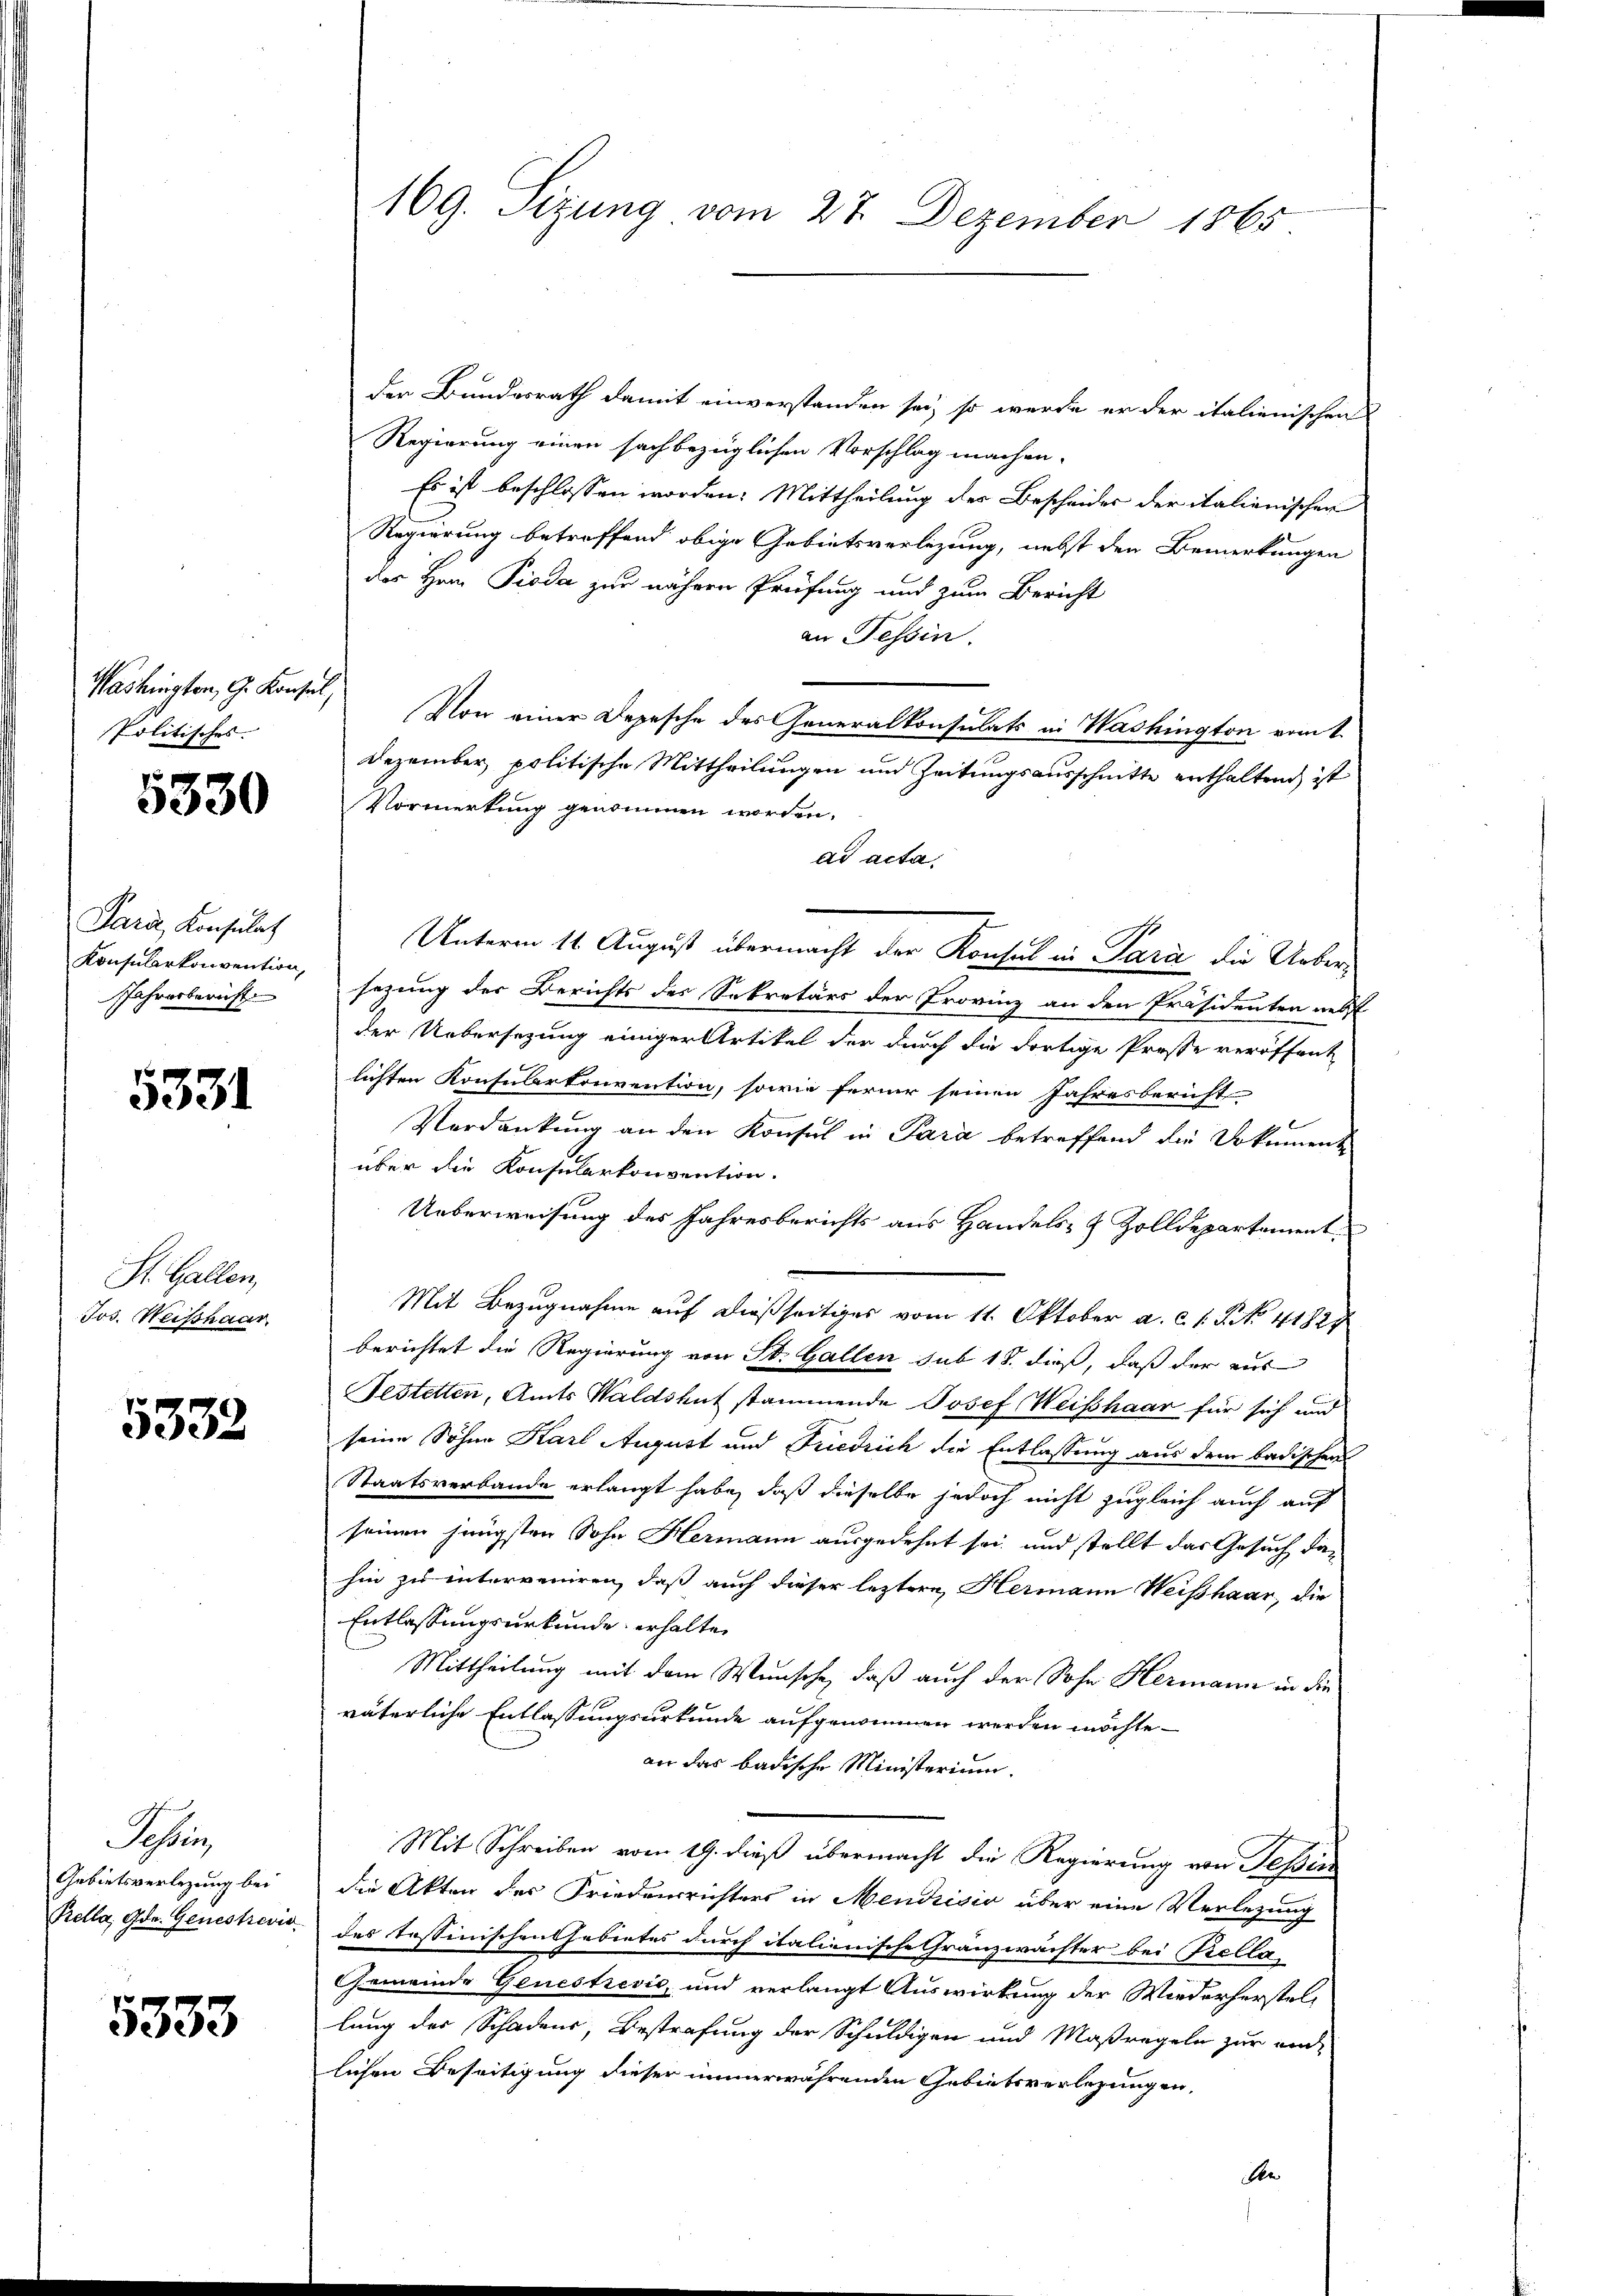
Washingten, G. Konsul,
Politisches.

5330

Paris, Konsulat
Jahresbericht.

5331

St. Gallen,
Jos. Weisshaar

5332

Schrei
Gebietsverlegung bei
Prella, Gr. Genestrevis

5333

169. Sizung vom 27. Dezember 1865

der Bundesrath damit einverstanden sei, so werde er der italienischen
Regierung einen sach bezüglichen Vorschlag machen.
Es ist beschlossen worden. Mittheilung der Bescheides der italienischen
Regierung betreffend obige Gebietsverlegung, nebst den Bemerkungen
des Herrn Pioda zur nähern Prüfung und zum Bericht
an Tessin.
Von einer Depesche des Generalkonsulats in Washington vom 1.
Dezember politische Mittheilungen und Zeitungsausschnitte enthaltend ist
Vormerkung genommen worden.
ad acta.
Unterm 14. August übermacht der Konsul in Para die Ueber¬
Konsularkonvention, sezung der Berichts des Sekretärs der Provinz an den Präsidenten nebst
der Uebersetzung einiger Artikel der durch die dortige Prosse veröffent
lichten Konsularkonvention, sowie ferner seinen Jahresbericht
Verdankung an den Konsul in Para betreffend die Dokument
über die Konsularkonvention.
Ueberweisung des Jahresberichts aus Handels- & Zolldepartement
Mit Bezugnahme auf dießseitiges vom 11. Oktober a. c. l. J. No. 41821
berichtet die Regierung von St. Gallen sub 18. dieß, daß der aus
Festetten, Amts Waldshut stammende Josef Weisshaar für sich und
seine Söhne Karl August und Friedrich die Entlassung aus dem badischen
Staatsverbande erlangt habe, daß dieselbe jedoch nicht zugleich auch auf
seinen jüngsten Sohn Hermann ausgedehnt sei, und stellt das Gesuch darhin zu interveniren, daß auch dieser leztere Hermann Weisshaar, die
Entlassungsurkunde erhalte
Mittheilung mit dem Wunsche, daß auch der Sohn Hermann in die
väterliche Entlassungsurkunde aufgenommen werden möchte.
an das badische Ministerium.
Mit Schreiben vom 19. dieß übermacht die Regierung von Tessin
die Akten der Friedensrichters in Mendrisio über eine Verlegung
des Tessinischenssabietes durch italienische Granzwächter bei Bella
Gemeinde Genestrević, und verlangt Auswirkung der Wiederherstellung der Schadens, Bestrafung der Schuldigen und Maßregeln zur end-
lichen Beseitigung dieser immerwährenden Gebietsverlegungen,
d